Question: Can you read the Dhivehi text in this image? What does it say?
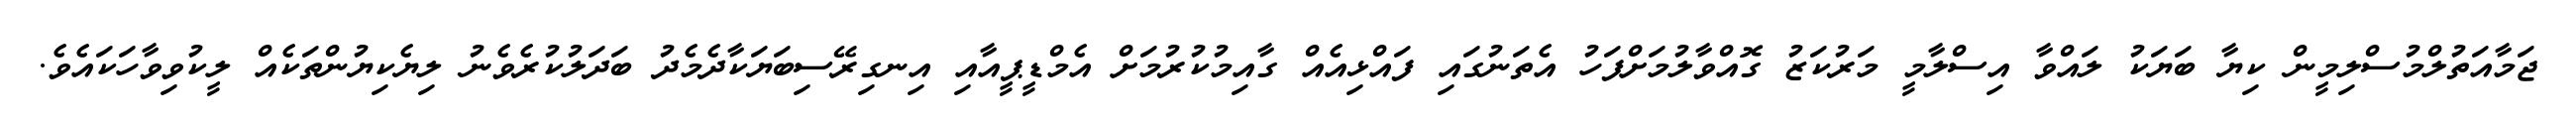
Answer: ޖަމާއަތުލްމުސްލިމީން ކިޔާ ބަޔަކު ލައްވާ އިސްލާމީ މަރުކަޒު ގޮއްވާލުމަށްފަހު އެތަނުގައި ފައްޅިއެއް ގާއިމުކުރުމަށް އެމްޑީޕީއާއި އިނގިރޭސިބަޔަކާދެމެދު ބަދަލުކުރެވެނު ލިޔެކިޔުންތަކެއް ލީކުވިވާހަކައެވެ.